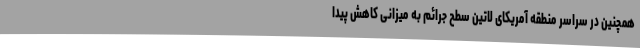
همچنین در سراسر منطقه آمریکای لاتین سطح جرائم به میزانی کاهش پیدا